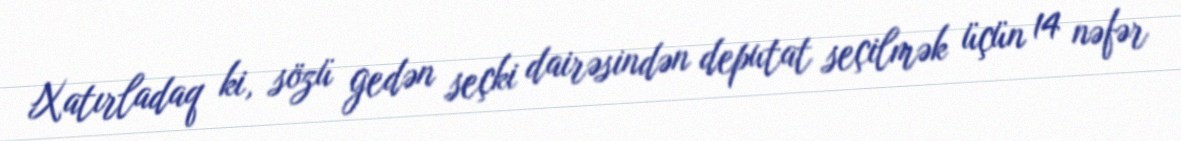
Xatırladaq ki, sözü gedən seçki dairəsindən deputat seçilmək üçün 14 nəfər